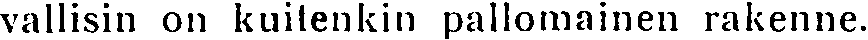
vallisin on kuitenkin pallomainen rakenne.